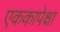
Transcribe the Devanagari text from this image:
एककापेक्षा